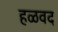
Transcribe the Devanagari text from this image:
हळवद